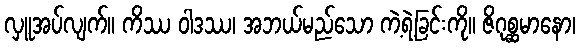
လှူအပ်လျက်။ ကိဿ ဝါဒဿ၊ အဘယ်မည်သော ကဲ့ရဲ့ခြင်းကို။ ဇိဂုစ္ဆမာနော၊